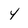
Character: 4